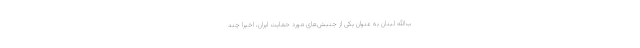
ب‌الله لبنان به عنوان یکی از جنبش‌های مورد حمایت ایران، اخیرا چند